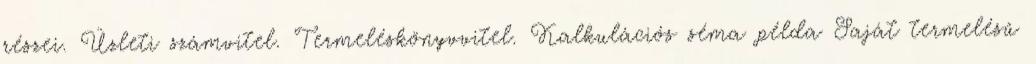
részei. Üzleti számvitel. Termeléskönyvvitel. Kalkulációs séma példa Saját termelésű